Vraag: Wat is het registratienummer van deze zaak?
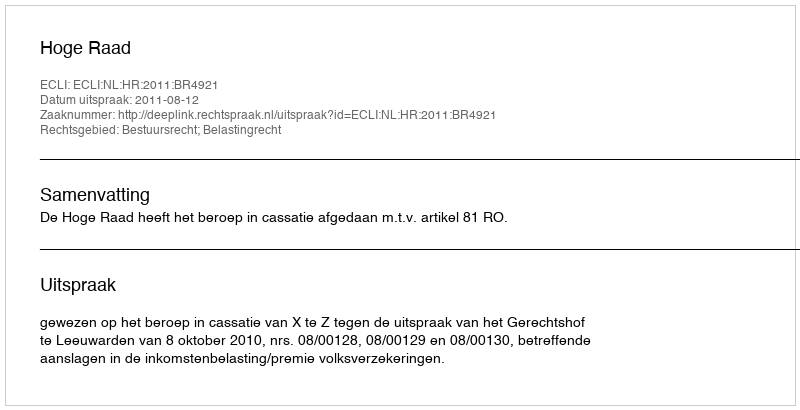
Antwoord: http://deeplink.rechtspraak.nl/uitspraak?id=ECLI:NL:HR:2011:BR4921